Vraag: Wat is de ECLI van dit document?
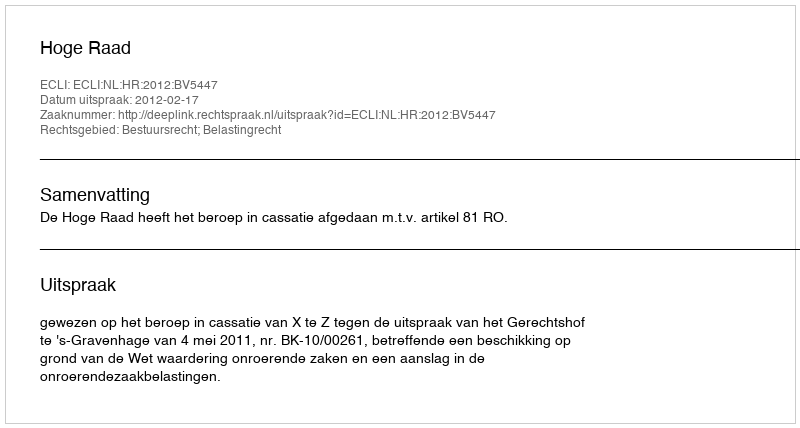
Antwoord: ECLI:NL:HR:2012:BV5447